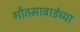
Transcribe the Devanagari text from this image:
गौतमाबाईच्या